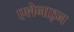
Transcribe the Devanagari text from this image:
एलेनाइन